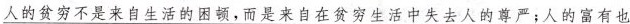
人的贫穷不是来自生活的困顿，而是来自在贫穷生活中失去人的尊严;人的富有也